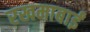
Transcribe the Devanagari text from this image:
रखमाबाईं